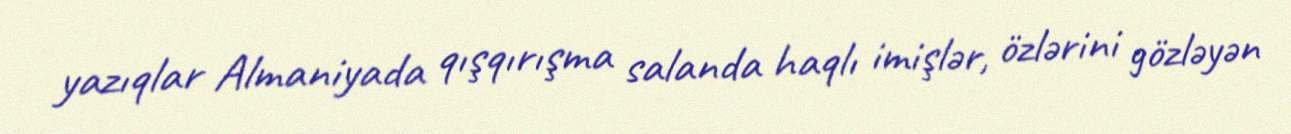
yazıqlar Almaniyada qışqırışma salanda haqlı imişlər, özlərini gözləyən